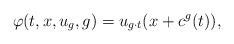
LaTeX: \begin{align*}\varphi(t,x,u_g,g)=u_{g\cdot t}(x+c^g(t)),\end{align*}